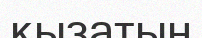
қызатын